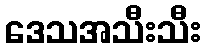
ဒေသအသီးသီး